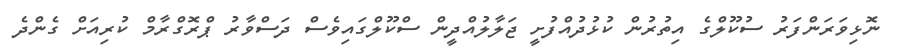
ނޮޅިވަރަންފަރު ސުކޫލްގެ އިތުރުން ކުޅުދުއްފުށީ ޖަލާލުއްދީން ސްކޫލްގައިވެސް ދަސްވާރު ޕްރޮގްރާމް ކުރިއަށް ގެންދެ